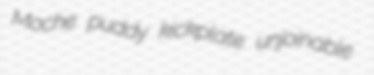
Moche puddy kickplate unjoinable